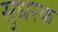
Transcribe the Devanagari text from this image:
सुधरक